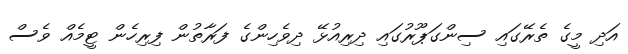
އަދި މީގެ ތެރޭގައި ސިންގަޕޫރުގައި ދިރިއުޅޭ ދިވެހިންގެ ފަރާތުން ފިރިހެން ޓީމެއް ވެސް